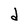
Character: d